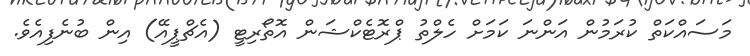
މަސައްކަތް ކުރަމުން އަންނަ ކަމަށް ހެލްތު ޕްރޮޓެކްޝަން އޮތޯރިޓީ (އެޗްޕީއޭ) އިން ބުނެފިއެވެ.